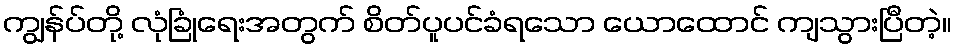
ကျွန်ပ်တို့ လုံခြုံရေးအတွက် စိတ်ပူပင်ခံရသော ယောထောင် ကျသွားပြီတဲ့။